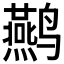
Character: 𮹜